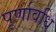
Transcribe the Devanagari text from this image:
पूर्णावधि